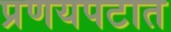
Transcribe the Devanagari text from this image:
प्रणयपटात